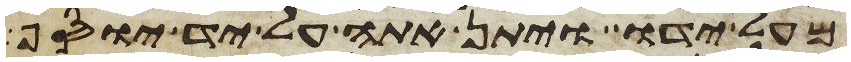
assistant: מעל ידו ויתן אתה על יד יוסף